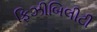
ફિઝીબિલીટી